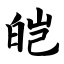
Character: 皑